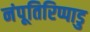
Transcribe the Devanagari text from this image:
नंपूतिरिप्पाडु